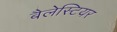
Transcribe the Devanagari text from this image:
बैलेस्टियर